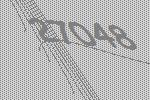
27048